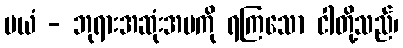
မယံ - ဘုရားအဆုံးအမကို ရကြသော ငါတို့သည်၊